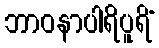
ဘာဝနာပါရိပူရိံ